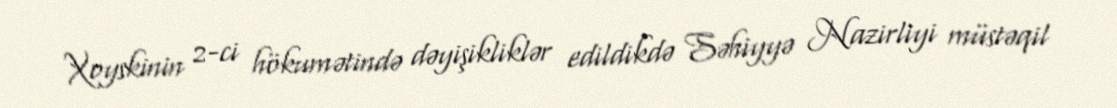
Xoyskinin 2-ci hökumətində dəyişikliklər edildikdə Səhiyyə Nazirliyi müstəqil